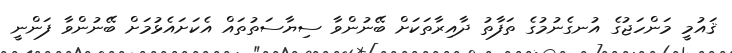
ޤައުމީ މަންހަޖުގެ އުނގެނުމުގެ ތަފާތު ދާއިރާތަކަށް ބޭނުންވާ ސިޔާސަތުތައް އެކަށައެޅުމަށް ބޭނުންވާ ފަންނީ